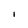
Character: l